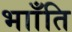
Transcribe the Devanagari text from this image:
भााँति